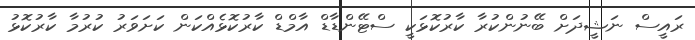
ރައީސް ނަޝީދަށް ބޭނުންކުރާ ކާރުކޮޅަކީ ސްޓޭންޑާޑް އާމްޑް ކާރުކޮޅެއްކަން ކަށަވަރު ކުރުމާ ކާރުކޮޅު